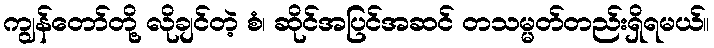
ကျွန်တော်တို့ လိုချင်တဲ့ စံ၊ ဆိုင်အပြင်အဆင် တသမ္မတ်တည်းရှိရမယ်။